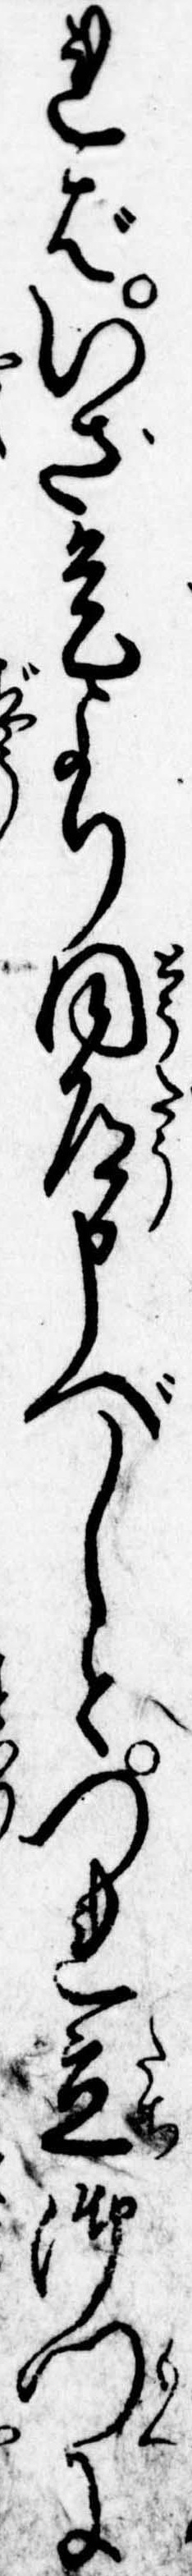
ればいざ是より同道申べしとつれ立御門に